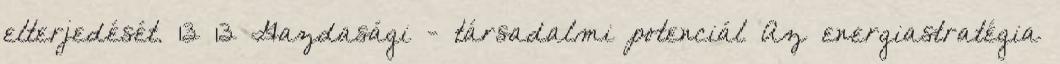
elterjedését. 13 13 Gazdasági - társadalmi potenciál Az energiastratégia